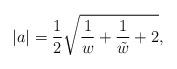
LaTeX: \begin{align*} |a| = \frac{1}{2} \sqrt{ \frac{1}{w} + \frac{1}{\tilde{w}} + 2 },\end{align*}